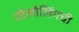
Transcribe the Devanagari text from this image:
तोलोलिंगची